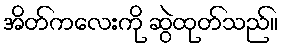
အိတ်ကလေးကို ဆွဲထုတ်သည်။